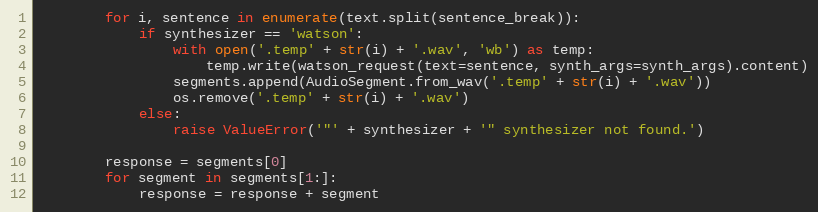
Language: Python
        for i, sentence in enumerate(text.split(sentence_break)):
            if synthesizer == 'watson':
                with open('.temp' + str(i) + '.wav', 'wb') as temp:
                    temp.write(watson_request(text=sentence, synth_args=synth_args).content)
                segments.append(AudioSegment.from_wav('.temp' + str(i) + '.wav'))
                os.remove('.temp' + str(i) + '.wav')
            else:
                raise ValueError('"' + synthesizer + '" synthesizer not found.')

        response = segments[0]
        for segment in segments[1:]:
            response = response + segment